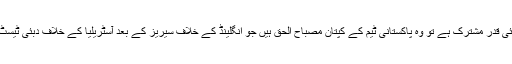
تین مختلف ٹیموں کے خلاف اگر کوئی قدر مشترک ہے تو وہ پاکستانی ٹیم کے کپتان مصباح الحق ہیں جو انگلینڈ کے خلاف سیریز کے بعد آسٹریلیا کے خلاف دبئی ٹیسٹ کی جیت کو بہت اہم سمجھتے ہیں۔